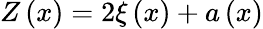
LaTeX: Z\left(x\right)=2\xi\left(x\right)+a\left(x\right)